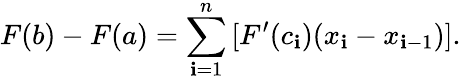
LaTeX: F(b)-F(a)=\sum_{\mathbf{i}=1}^{n}\, [F^{\prime}(c_{\mathbf{i}})(x_{\mathbf{i}}-x_{\mathbf{i}-1})].